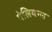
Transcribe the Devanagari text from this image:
पेलियन्स